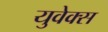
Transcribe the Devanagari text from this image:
युवेक्स